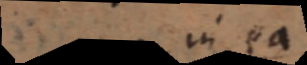
in ea